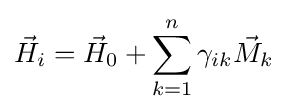
{\vec {H}}_{i}={\vec {H}}_{0}+\sum _{k=1}^{n}\gamma _{ik}{\vec {M}}_{k}